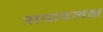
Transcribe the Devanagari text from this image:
सपादलक्ष